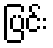
ပြင်း